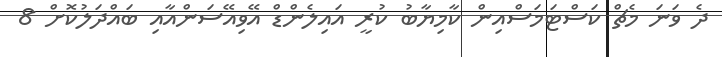
ދެ ވަނަ މެޗް ކަސްޓަމަސްއިން ކާމިޔާބު ކުރީ އައިލެންޑް އޭވިއޭސަންއާއި ބައްދަލުކޮށް 8